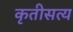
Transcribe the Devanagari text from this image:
कृतीसत्य